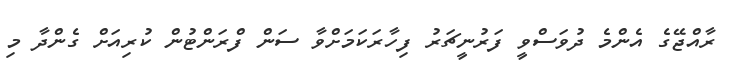
ރާއްޖޭގެ އެންމެ ދުވަސްވީ ފަރުނީޗަރު ފިހާރަކަމަށްވާ ސަން ފްރަންޓުން ކުރިއަށް ގެންދާ މި